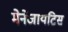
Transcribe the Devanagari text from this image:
मेनेंजायटिस